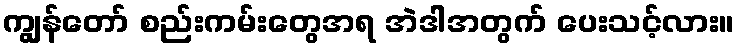
ကျွန်တော် စည်းကမ်းတွေအရ အဲဒါအတွက် ပေးသင့်လား။